Serum-therapy of plague in India - Number 20
Disease focus: Plague
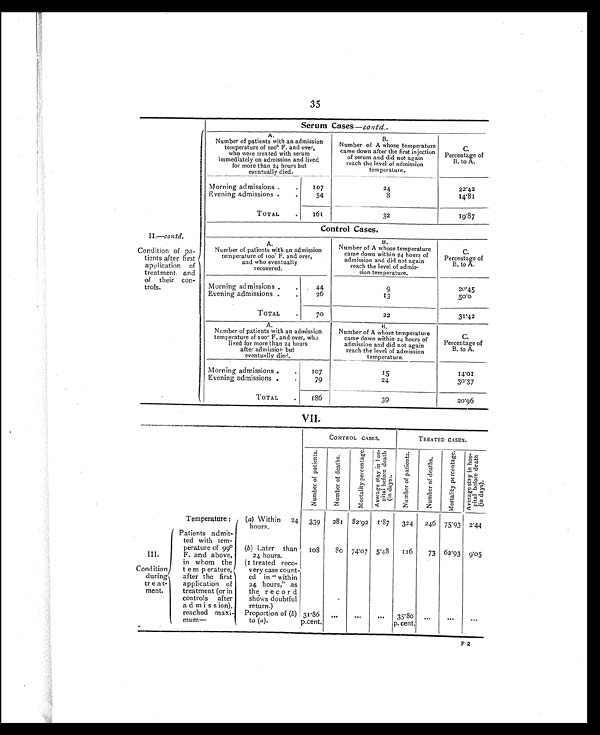
35
Serum Cases — contd..
II.—contd.
Condition of pa-
tients after first
application of
treatment and
of their con-
trols.
A.
Number of patients with an admission
temperature of 100° F. and over,
who were treated with serum
immediately on admission and lived
for more than 24 hours but
eventually died.
B.
Number of A whose temperature
came down after the first injecti
on of serum and did not again
reach the level of admission
temperature.
C.
Percentage of
B. to A.
Morning admissions
.
107
24
22.42
Evening admissions
.
54
8
14.81
TOTAL
.
161
32
19.87
Control Cases.
A.
Number of patients with an admission
temperature of 100º F. and over,
and who eventually
recovered.
B.
Number of A whose temperature
came down within 24 hours of
admission and did not again
reach the level of admis-
sion temperature.
C.
Percentage of
B. to A.
Morning admissions .
.
Evening admissions
.
44 2 6
9
13
20.45
50.0
TOTAL
70
22
31.42
A.
Number of patients with an admission
temperature of 100º F. and over, who
lived for more than 24 hours
after admission but
eventually died.
B.
Number of A whose temperature
came down within 24 hours of
admission and did not again
reach the level of admission
temperature.
C.
Percentage of
B. to A.
Morning admissions
.
107
15
1 4 . 0 1
Evening admissions
.
79
24
30.37
TOTAL
.
186
39
20.96
VII.
CONTROL CASES.
TREATED CASES.
N u m b e r o f p a t i e n t s .
N u m b e r o f d e a t h s .
M o r t a l i t y p e r c e n t a g e . Av e r a g e s t a y i n h o s -
p i t a l b e f o r e d e a t h ( i n d a y s ) .
N u m b e r o f p a t i e n t s .
N u m b e r o f d e a t h s .
M o r t a l i t y p e r c e n t a g e . Av e r a g e s t a y i n h o s -
p i t a l b e f o r e d e a t h ( i n d a y s ) .
Temperature:
(a) Within 24
hours.
339
281 82.92
1.87
324
246 75.93 2.44
III.
Patients admit-
ted with tem-
perature of 99°F
. and above,
in whom the
temperature,
after the first
application of
treatment (or in
controls after
admission),
reached maxi-
mum—
(b) Later than
24 hours.
1 0 8
8 0
74.07 5.48 116
73 62.93
9.05
Condition
during
treat-
ment.
(I treated reco-
very case count-
ed in " within
24 hours," as
the record
shows doubtful
return.)
Proportion of ( b)
to (a ).
31.86
p.cent.
...
. . .
. . .
35.80
p. cent.
. . .
. . .
. . .
F 2